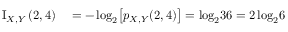
\begin{array} { r l } { \operatorname { I } _ { X , Y } { ( 2 , 4 ) } } & { { } = - \log _ { 2 } \! { \left[ p _ { X , Y } { ( 2 , 4 ) } \right] } = \log _ { 2 } \! { 3 6 } = 2 \log _ { 2 } \! { 6 } } \end{array}